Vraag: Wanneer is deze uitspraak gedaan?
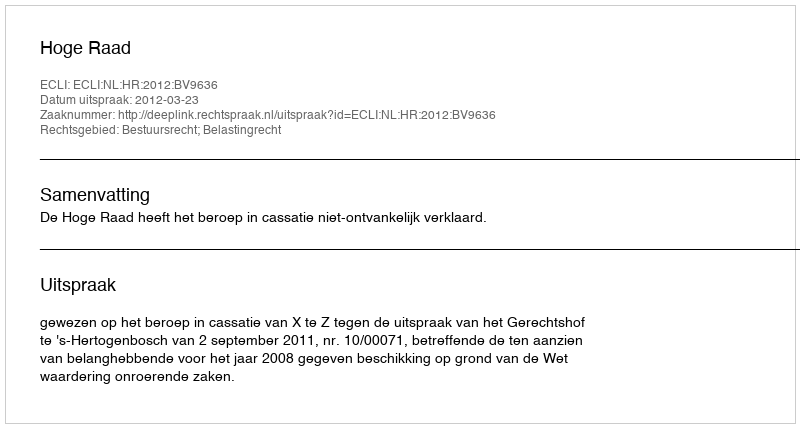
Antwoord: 2012-03-23